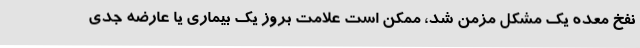
نفخ معده یک مشکل مزمن شد، ممکن است علامت بروز یک بیماری یا عارضه جدی